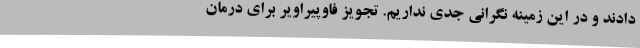
دادند و در این زمینه نگرانی جدی نداریم. تجویز فاوپیراویر برای درمان